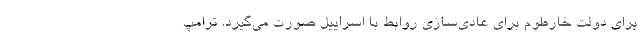
برای دولت خارطوم برای عادی‌سازی روابط با اسراییل صورت می‌گیرد. ترامپ